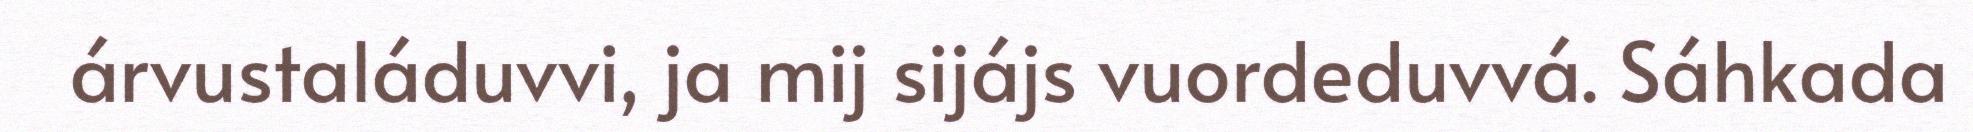
árvustaláduvvi, ja mij sijájs vuordeduvvá. Sáhkada